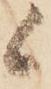
候